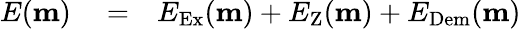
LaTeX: \begin{array}{rlr}{E(\textbf{m})}&{{}=}&{E_{\mathrm{Ex}}(\textbf{m})+E_{\mathrm{Z}}(\textbf{m})+E_{\mathrm{Dem}}(\textbf{m})}\end{array}